Materia medica of Madras volume I
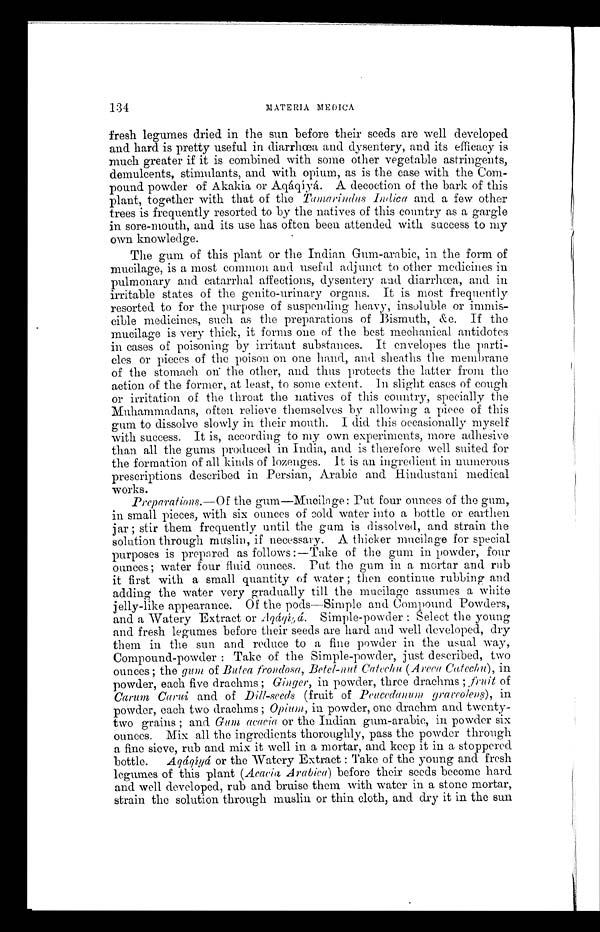
134
MATERIA MEDICA
fresh legumes dried in the sun before their seeds are well developed
and hard is pretty useful in diarrhœa and dysentery, and its efficacy is
much greater if it is combined with some other vegetable astringents,
demulcents, stimulants, and with opium, as is the case with the Com
- p o u n d p o w d e r o f A k a k i a o r A q á q í y á . A d e c o c t i o n o f t h e b a r k o f t h i s
plant, together with that of the Tamarindus Indica and a few other
trees is frequently resorted to by the natives of this country as a gargle
in sore-mouth, and its use has often been attended with success to my
own knowledge.
The gum of this plant or the Indian Gum-arabic, in the form of
mucilage, is a most common and useful adjunct to other medicines in
pulmonary and catarrhal affections, dysentery and diarrhœa, and in
irritable states of the genito-urinary organs. It is most frequently
resorted to for the purpose of suspending heavy, insoluble or immis--
cible medicines, such as the preparations of Bismuth, &c. If the
mucilage is very thick, it forms one of the best mechanical antidotes
in cases of poisoning by irritant substances. It envelopes the parti--
cles or pieces of the poison on one hand, and sheaths the membrane
of the stomach on the other, and thus protects the latter from the
action of the former, at least, to some extent. In slight cases of cough
or irritation of the throat the natives of this country, specially the
Muhammadans, often relieve themselves by allowing a piece of this
gum to dissolve slowly in their mouth. I did this occasionally myself
with success. It is, according to my own experiments, more adhesive
than all the gums produced in India, and is therefore well suited for
the formation of all kinds of lozenges. It is an ingredient in numerous
prescriptions described in Persian, Arabic and Hindustani medical
works.
Preparations.—Of the gum—Mucilage: Put four ounces of the gum,
in small pieces, with six ounces of cold water into a bottle or earthen
jar; stir them frequently until the gum is dissolved, and strain the
solution through muslin, if necessary. A thicker mucilage for special
purposes is prepared as follows :—Take of the gum in powder, four
ounces; water four fluid ounces. Put the gum in a mortar and rub
it first with a small quantity of water; then continue rubbing and
adding the water very gradually till the mucilage assumes a white
jelly-like appearance. Of the pods—Simple and Compound Powders,
and a Watery Extract or Aqáqíyá. Simple-powder: Select the young
and fresh legumes before their seeds are hard and well developed., dry
them in the sun and reduce to a fine powder in the usual way,
Compound-powder: Take of the Simple-powder, just described, two
ounces; the gum of Butea frondosa, Betel-nut Catechu (Areca Catechu), in
powder, each five drachms; Ginger, in powder, three drachms; fruit of
Carum Carui, and of Dill-seeds (fruit of Peucedanum graveolens), in
powder, each two drachms; Opium, in powder, one drachm and twenty
- t w o g r a i n s ; a n d
G u m , a c a c i a
o r t h e I n d i a n g u m - a r a b i c , i n p o w d e r s i x
ounces. Mix all the ingredients thoroughly, pass the powder through
a fine sieve, rub and mix it well in a mortar, and keep it in a stoppered
bottle. Aqáqíyá or the Watery Extract: Take of the young and fresh
legumes of this plant (Acacia Arabica) before their seeds become hard.
and well developed, rub and bruise them with water in a stone mortar,
strain the solution through muslin or thin cloth, and dry it in the sun